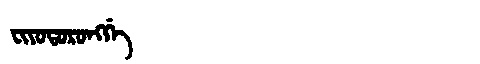
Manchu: ᠸᡳᠶᠣᡨᠣᡵᠣᠩᡤᡝ
Romanization: FIYOTORONGGE